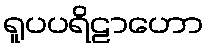
ရူပပရိဠာဟော